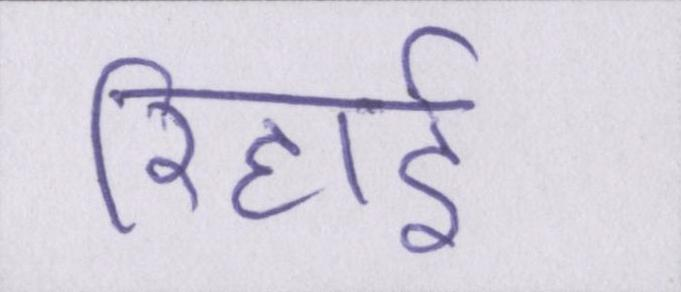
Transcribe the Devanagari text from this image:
रिहाई